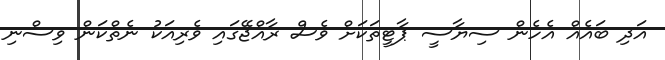
އަދި ބައެއް އެހެން ސިޔާސީ ޕާޓީތަކަށް ވެސް ރާއްޖޭގައި ވެރިއަކު ނެތްކަން ވިސްނި